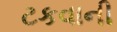
ટકવાની